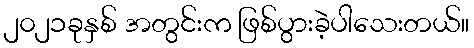
၂၀၂၁ခုနှစ် အတွင်းက ဖြစ်ပွားခဲ့ပါသေးတယ်။